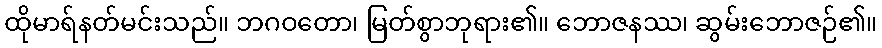
ထိုမာရ်နတ်မင်းသည်။ ဘဂဝတော၊ မြတ်စွာဘုရား၏။ ဘောဇနဿ၊ ဆွမ်းဘောဇဉ်၏။